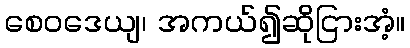
စေဝဒေယျ၊ အကယ်၍ဆိုငြားအံ့။